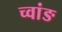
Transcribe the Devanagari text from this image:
च्वांङ